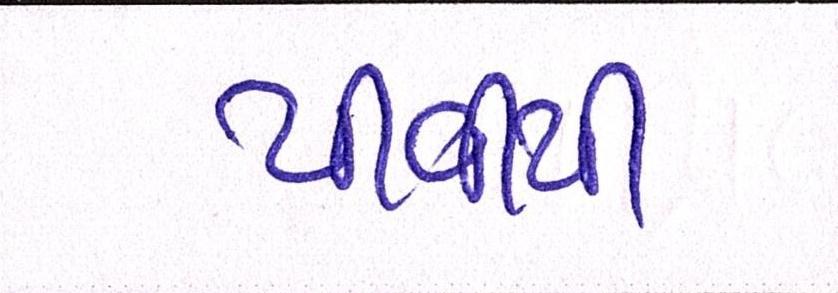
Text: પીવીપી